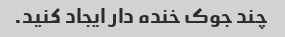
چند جوک خنده دار ایجاد کنید.